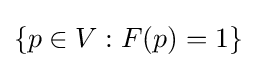
\{p\in V:F(p)=1\}